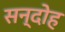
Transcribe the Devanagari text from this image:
सन्दोह